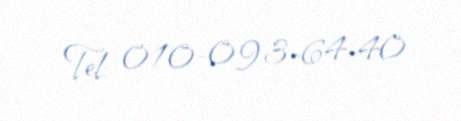
Tel: 010-093-64-40